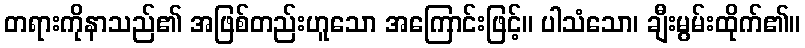
တရားကိုနာသည်၏ အဖြစ်တည်းဟူသော အကြောင်းဖြင့်။ ပါသံသော၊ ချီးမွမ်းထိုက်၏။